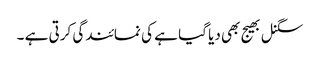
سگنل بھیج بھی دیا گیا ہے کی نمائندگی کرتی ہے ۔